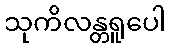
သုကိလန္တရူပေါ